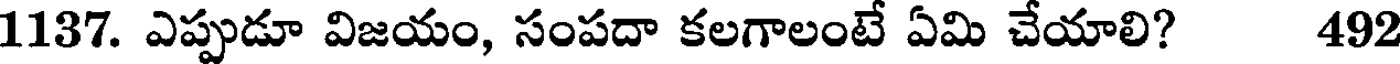
1137. ఎప్పుడూ విజయం, సంపదా కలగాలంటే ఏమి చేయాలి? 492